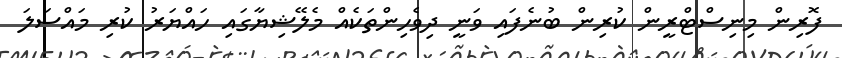
ފޮރިން މިނިސްޓްރީން ކުރިން ބުނެފައި ވަނީ ދިވެހިންތަކެއް މެލޭޝިޔާގައި ހައްޔަރު ކުރި މައްސަލަ